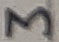
Text: 3